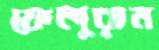
ফেলুরাম